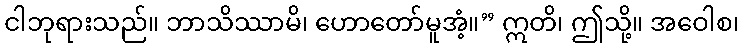
ငါဘုရားသည်။ ဘာသိဿာမိ၊ ဟောတော်မူအံ့။” ဣတိ၊ ဤသို့။ အဝေါစ၊